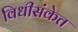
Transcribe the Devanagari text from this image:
विधीसंकेत